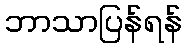
ဘာသာပြန်ရန်